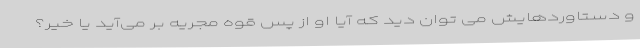
و دستاوردهایش می توان دید که آیا او از پس قوه مجریه بر می‌آید یا خیر؟